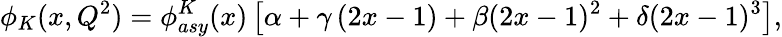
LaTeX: \phi_{K}(x,Q^{2})=\phi_{asy}^{K}(x)\left[\alpha+\gamma\left(2x-1\right)+\beta(2x-1)^{2}+\delta(2x-1)^{3}\right],